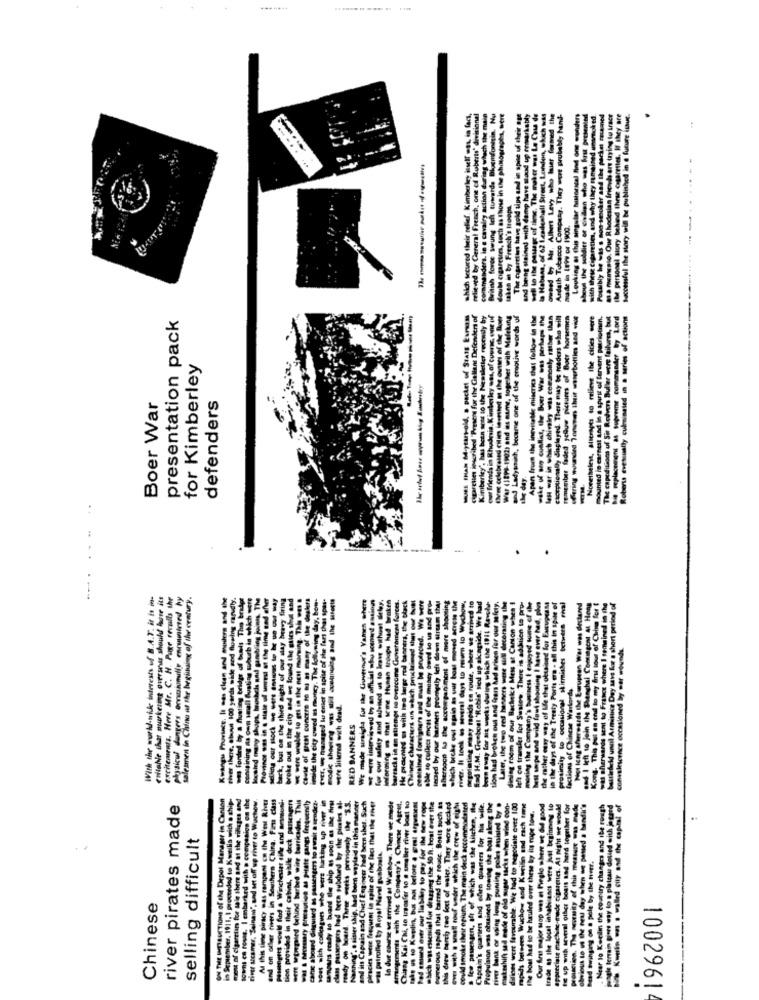
which secured their relief. Kimberley itself was, in fact,
relieved byy General French, one of Roberts' divisional
commanders. in e cavalry action during which the main
British force swung left towards Bloemfontein. Nu
doubs cigarettes, such as those in che photographs, were
The ogartiles have gold tips und in spite of their age
and being stained with damp have slaod up remarkably
la Habana, of 62 1.zadeahall Street, London, which was
---------
Andath Tobacco Company. They were probably hand-
Looking at this singular busterssal And one wonders
th these cigareties, and why they remained unsmoked.
Possibly he was s non smoker and the packet cocamned
-a fewsio. Our Rhodesian friends are trying to iracr
the personal story behind these cigarettes. If they are
Successful the story will be published in a future issue.
saken in by French's troops
made in Itis or 1900.
presentation pack
cigarettes Boschibod "Present for the Cellant Defenders of
Kimberley', has been sent to the Newsletter reoemily by
our friends in Rhudnia. Kimberley was, of course, eine uf
(Net celebrated cities invested at the outses of the Boer
War (1899-1902) and ins mume, together with Maleking
and Ladyssich, became one of the emotive words of
Apart from the inevitetde miserics that follow in the
les war in which chivalry was commonly rather than
caoptionally daplayed. There may be readers who will
remember faded yellow pictures of Botr horsemen
offering wounded Tonusen their waserbottles and vice
Nonetheless, alterages to relieve the cities wore
mounted in earnest and in a spirit of fervent patriothen.
Role Buffer were failures, but
Roberts evessually culminated in a series of actions
for Kimberley
Boer War
defenders
The capeditions of Sir Redver
the day.
+ ..
.
.
With the wuhl-side interest of B.A.T. it is ms-
enitanle thar murketing overseas should huur its
excitements. Here Mr. C. H. Page recalls the
physical dangers Omnasunulir encuwired hy
salesmen in China at the beginning of the century.
VARen
Treaty P
RED BANNERS
The
class
river pirates made
I might we would
up with several other bours and herd together for
vouslien, The nosity of this measure w mode
wiout to us the heul day when we paused a bandit's
Near lo Kecilin the country changes and ibe rough
angle terrain gives way to a plateau dolled with jegand
- Kui - : walled city and the capnet of
selling difficult
ON THE IMTIAUCTIONS of the Depot Me
in September, 1911, I proceeded to Ks
Ch
tad swinging on a pole by the herr.
Chinese
piracy
of
1002961